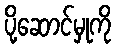
ပို့ဆောင်မှုကို